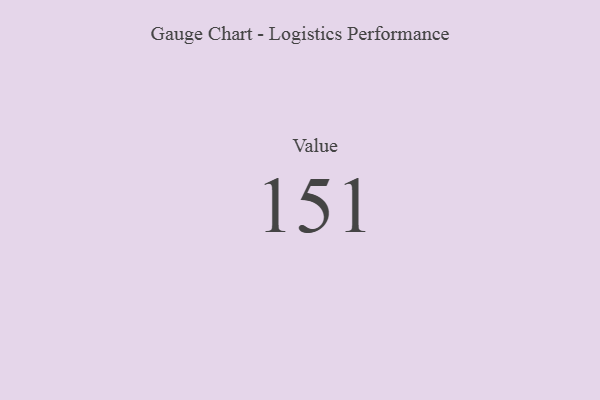
{"axis": {"x": "Metric", "y": "Value"}, "legend": [""], "data": [{"x": "Value", "y": 151, "type": ""}]}